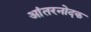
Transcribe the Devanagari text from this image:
आंतरनोदक